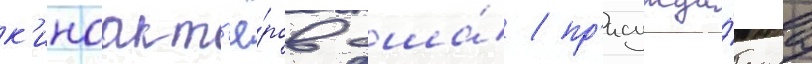
к'иноакт'ё́ров сша́ / пр'исужда́емаа